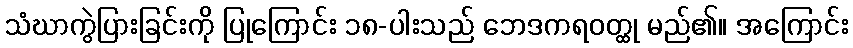
သံဃာကွဲပြားခြင်းကို ပြုကြောင်း ၁၈-ပါးသည် ဘေဒကရဝတ္ထု မည်၏။ အကြောင်း